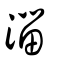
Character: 淄